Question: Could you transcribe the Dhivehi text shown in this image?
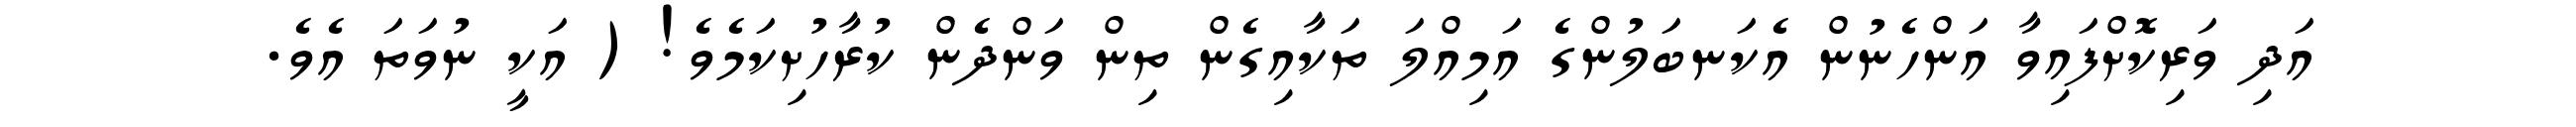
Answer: އަދި ވަރިކޮށްފައިވާ އަންހެނުން އެކަނބަލުންގެ އަމިއްލަ ތަކާއިގެން ތިން ވަންދެން ކުރާހުށިކަމެވެ! ( އަކީ ނުވަތަ އެވެ.